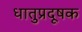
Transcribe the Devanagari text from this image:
धातुप्रदूषक